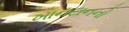
ખાનદાનનો